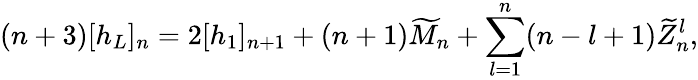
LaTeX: (n+3)[h_{L}]_{n}=2[h_{1}]_{n+1}+(n+1)\widetilde M_{n}+\sum_{l=1}^{n}(n-l+1)\widetilde Z_{n}^{l},